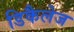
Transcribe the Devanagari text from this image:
डिकैलेज